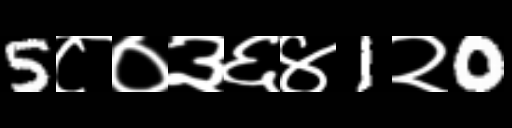
Text: 5८०३६४1२0